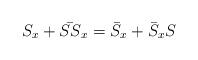
LaTeX: \begin{align*}S_x + \bar{SS}_x = \bar{S}_x + \bar{S}_x S\end{align*}